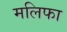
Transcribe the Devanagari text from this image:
मलिफा